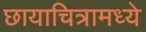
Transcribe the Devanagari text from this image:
छायाचित्रामध्ये